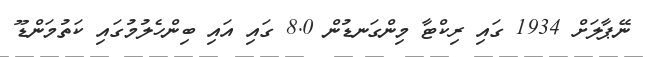
ނޭޕާލަށް 1934 ގައި ރިކްޓާ މިންގަނޑުން 8.0 ގައި އައި ބިންހެލުމުގައި ކަތުމަންޑޫ